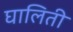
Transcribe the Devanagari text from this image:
घालिती